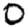
Digit: 0